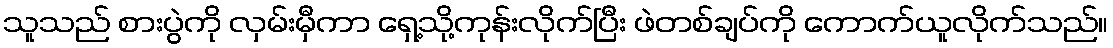
သူသည် စားပွဲကို လှမ်းမှီကာ ရှေ့သို့ကုန်းလိုက်ပြီး ဖဲတစ်ချပ်ကို ကောက်ယူလိုက်သည်။